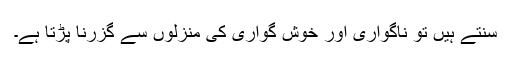
سنتے ہیں تو ناگواری اور خوش گواری کی منزلوں سے گزرنا پڑتا ہے۔